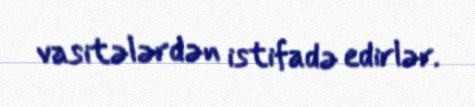
vasitələrdən istifadə edirlər.